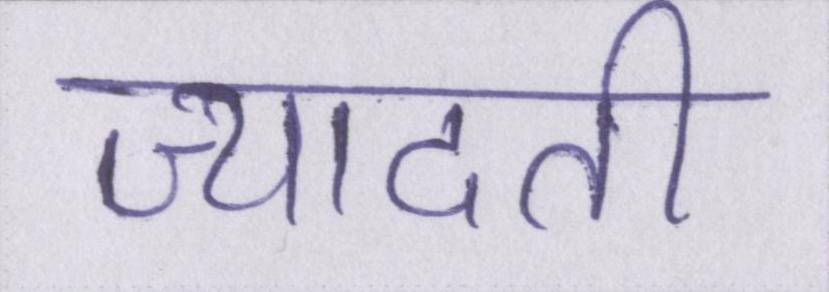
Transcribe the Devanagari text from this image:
ज्यादती